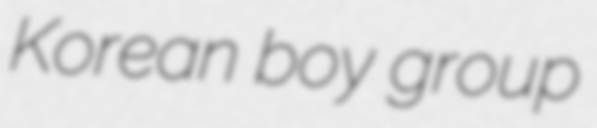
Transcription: Korean boy group